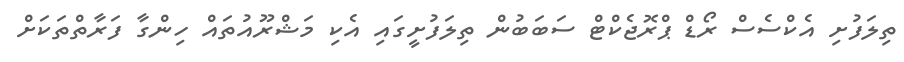
ތިލަފުށި އެކްސެސް ރޯޑް ޕްރޮޖެކްޓް ސަބަބުން ތިލަފުށީގައި އެކި މަޝްރޫއުތައް ހިންގާ ފަރާތްތަކަށް